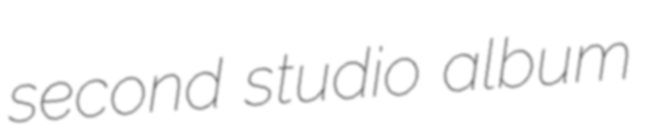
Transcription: second studio album